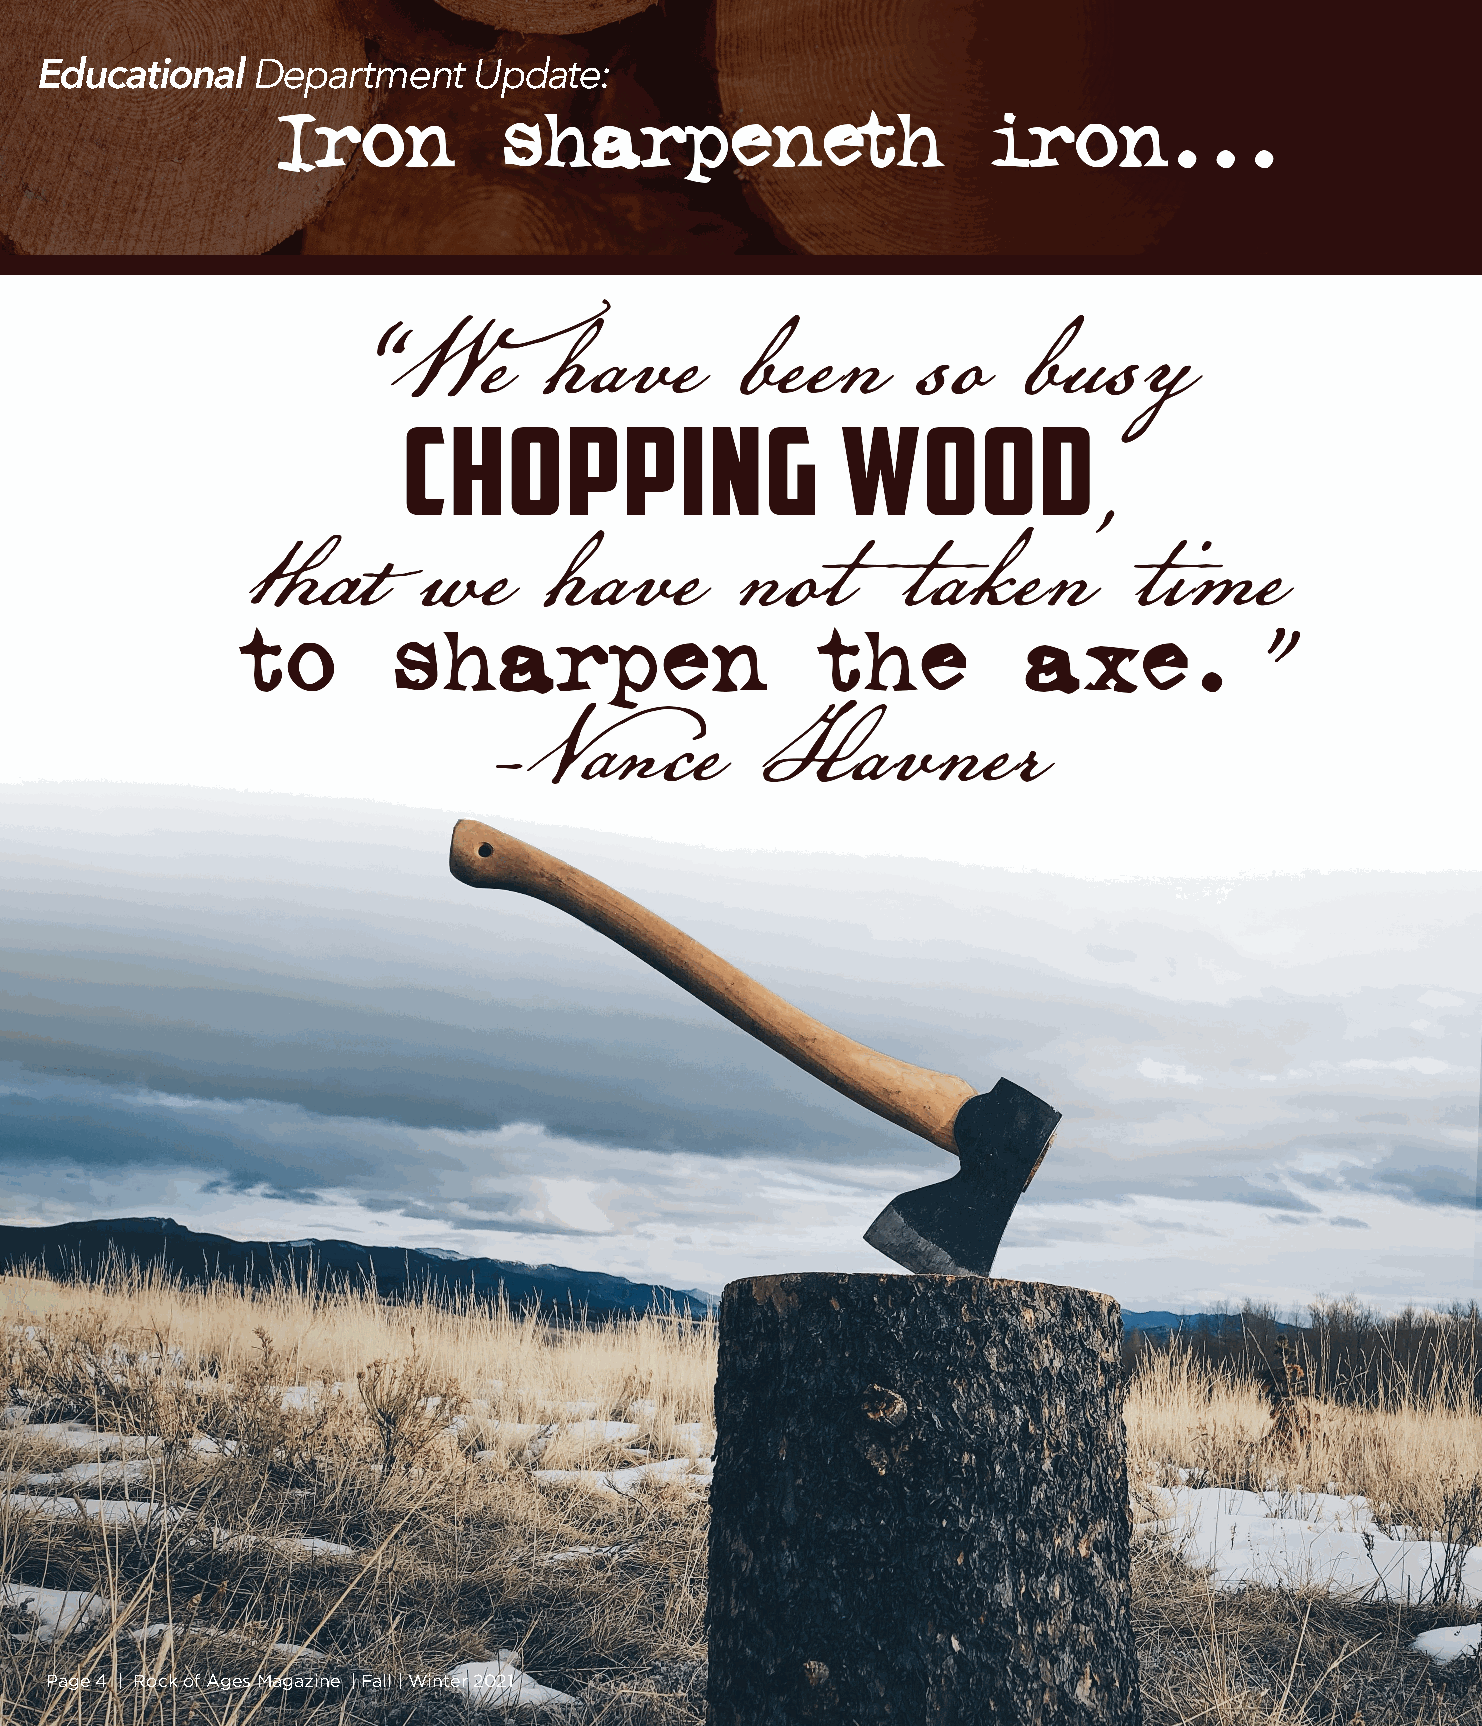
Educational    Department    Update:
 Page 4 | Rock of Ages Magazine | Fall | Winter 2021